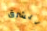
للشرق